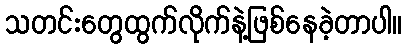
သတင်းတွေထွက်လိုက်နဲ့ဖြစ်နေခဲ့တာပါ။